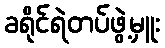
ခရိုင်ရဲတပ်ဖွဲ့မှူး